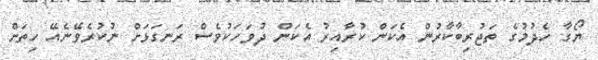
ޔޯގާ ހެދުމުގެ ތަޖުރިބާކާރުން އެކަން ކުރާއިރު އެކަން ދުވަހަކުވެސް ރަނގަޅަށް ނުކުރެވޭނެއޭ ހިތަށް